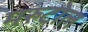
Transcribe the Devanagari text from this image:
मरुटोल